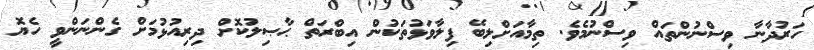
ހަރުދާނާ ވިސްނުންތައް ވިސްނުމެވެ. ތިމާއަށްލިބޭ ފިލާވަޅުތަކުން އިބްރަތް ޙާޞިލުކޮށް ދިރިއުޅުމަށް ގެންނަންވީ ހެޔޮ